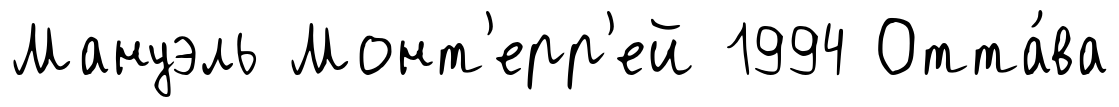
Мануэль Монт'ерр'ей 1994 Отта́ва